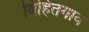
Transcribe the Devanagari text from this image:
विहितगाव